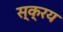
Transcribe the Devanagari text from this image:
स्क्रय